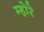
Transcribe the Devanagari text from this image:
म्होरे